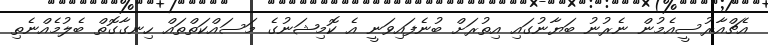
އެޗްއާރުސީއެމުން ނެރުނު ބަޔާނުގައި އިތުރަށް ބުނެފައިވަނީ އެ ކޮމިޝަނުގެ މަސައްކަތްތައް ހިނގާގޮތް ބެލުމެއްނެތި